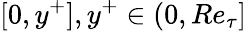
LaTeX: [0,y^{+}],y^{+}\in(0,Re_{\tau}]